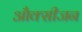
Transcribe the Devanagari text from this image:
औक्सीजन